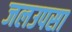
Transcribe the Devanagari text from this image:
जलउपसा